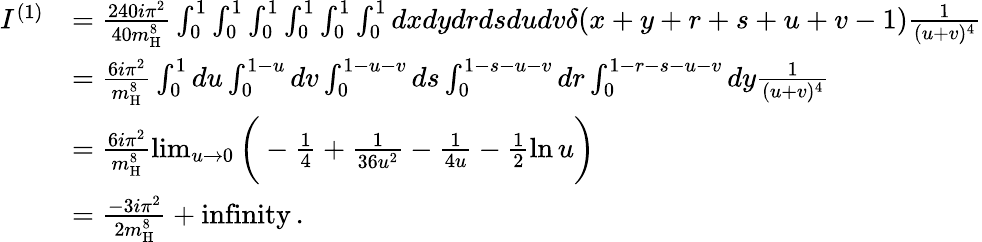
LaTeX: \begin{array}{rl}{I^{(1)}}&{=\frac{240i\pi^{2}}{40m_{\mathrm{H}}^{8}}\int_{0}^{1}\int_{0}^{1}\int_{0}^{1}\int_{0}^{1}\int_{0}^{1}\int_{0}^{1}dxdydrdsdudv\delta(x+y+r+s+u+v-1)\frac{1}{(u+v)^{4}}}\\ &{=\frac{6i\pi^{2}}{m_{\mathrm{H}}^{8}}\int_{0}^{1}du\int_{0}^{1-u}dv\int_{0}^{1-u-v}ds\int_{0}^{1-s-u-v}dr\int_{0}^{1-r-s-u-v}dy\frac{1}{(u+v)^{4}}}\\ &{=\frac{6i\pi^{2}}{m_{\mathrm{H}}^{8}}\operatorname*{lim}_{u\rightarrow 0}\bigg(-\frac{1}{4}+\frac{1}{36u^{2}}-\frac{1}{4u}-\frac{1}{2}\ln u\bigg)}\\ &{=\frac{-3i\pi^{2}}{2m_{\mathrm{H}}^{8}}+\mathrm{infinity}\, .}\end{array}